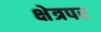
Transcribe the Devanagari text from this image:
क्षेत्रपर